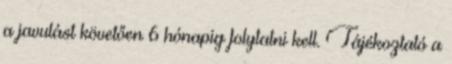
a javulást követően 6 hónapig folytatni kell. Tájékoztató a